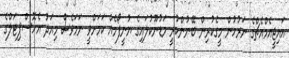
އައިޖީއެމްއެޗްގެ ނަރުހުން މީގެކުރިން ބޭނުންކުރީ މަޑުނޫކުލައިގެ ޔުނީފޯމެއް ކަމަށްވީ ނަމަވެސް މިއަދު އެހޮސްޕިޓަލްގެ